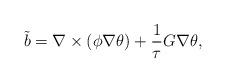
LaTeX: \begin{align*}\tilde{b}=\nabla \times (\phi \nabla \theta)+\frac{1}{\tau}G\nabla \theta, \end{align*}